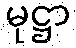
မုဋ္ဌာ